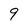
Character: 9